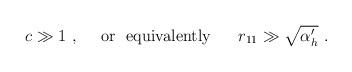
LaTeX: \begin{align*}c \gg 1 \ , \ \ \ \ {\rm or \ \ equivalently}\ \ \ \ \ r_{11} \gg \sqrt{\alpha^\prime_h}\ .\end{align*}